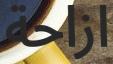
ازاحة